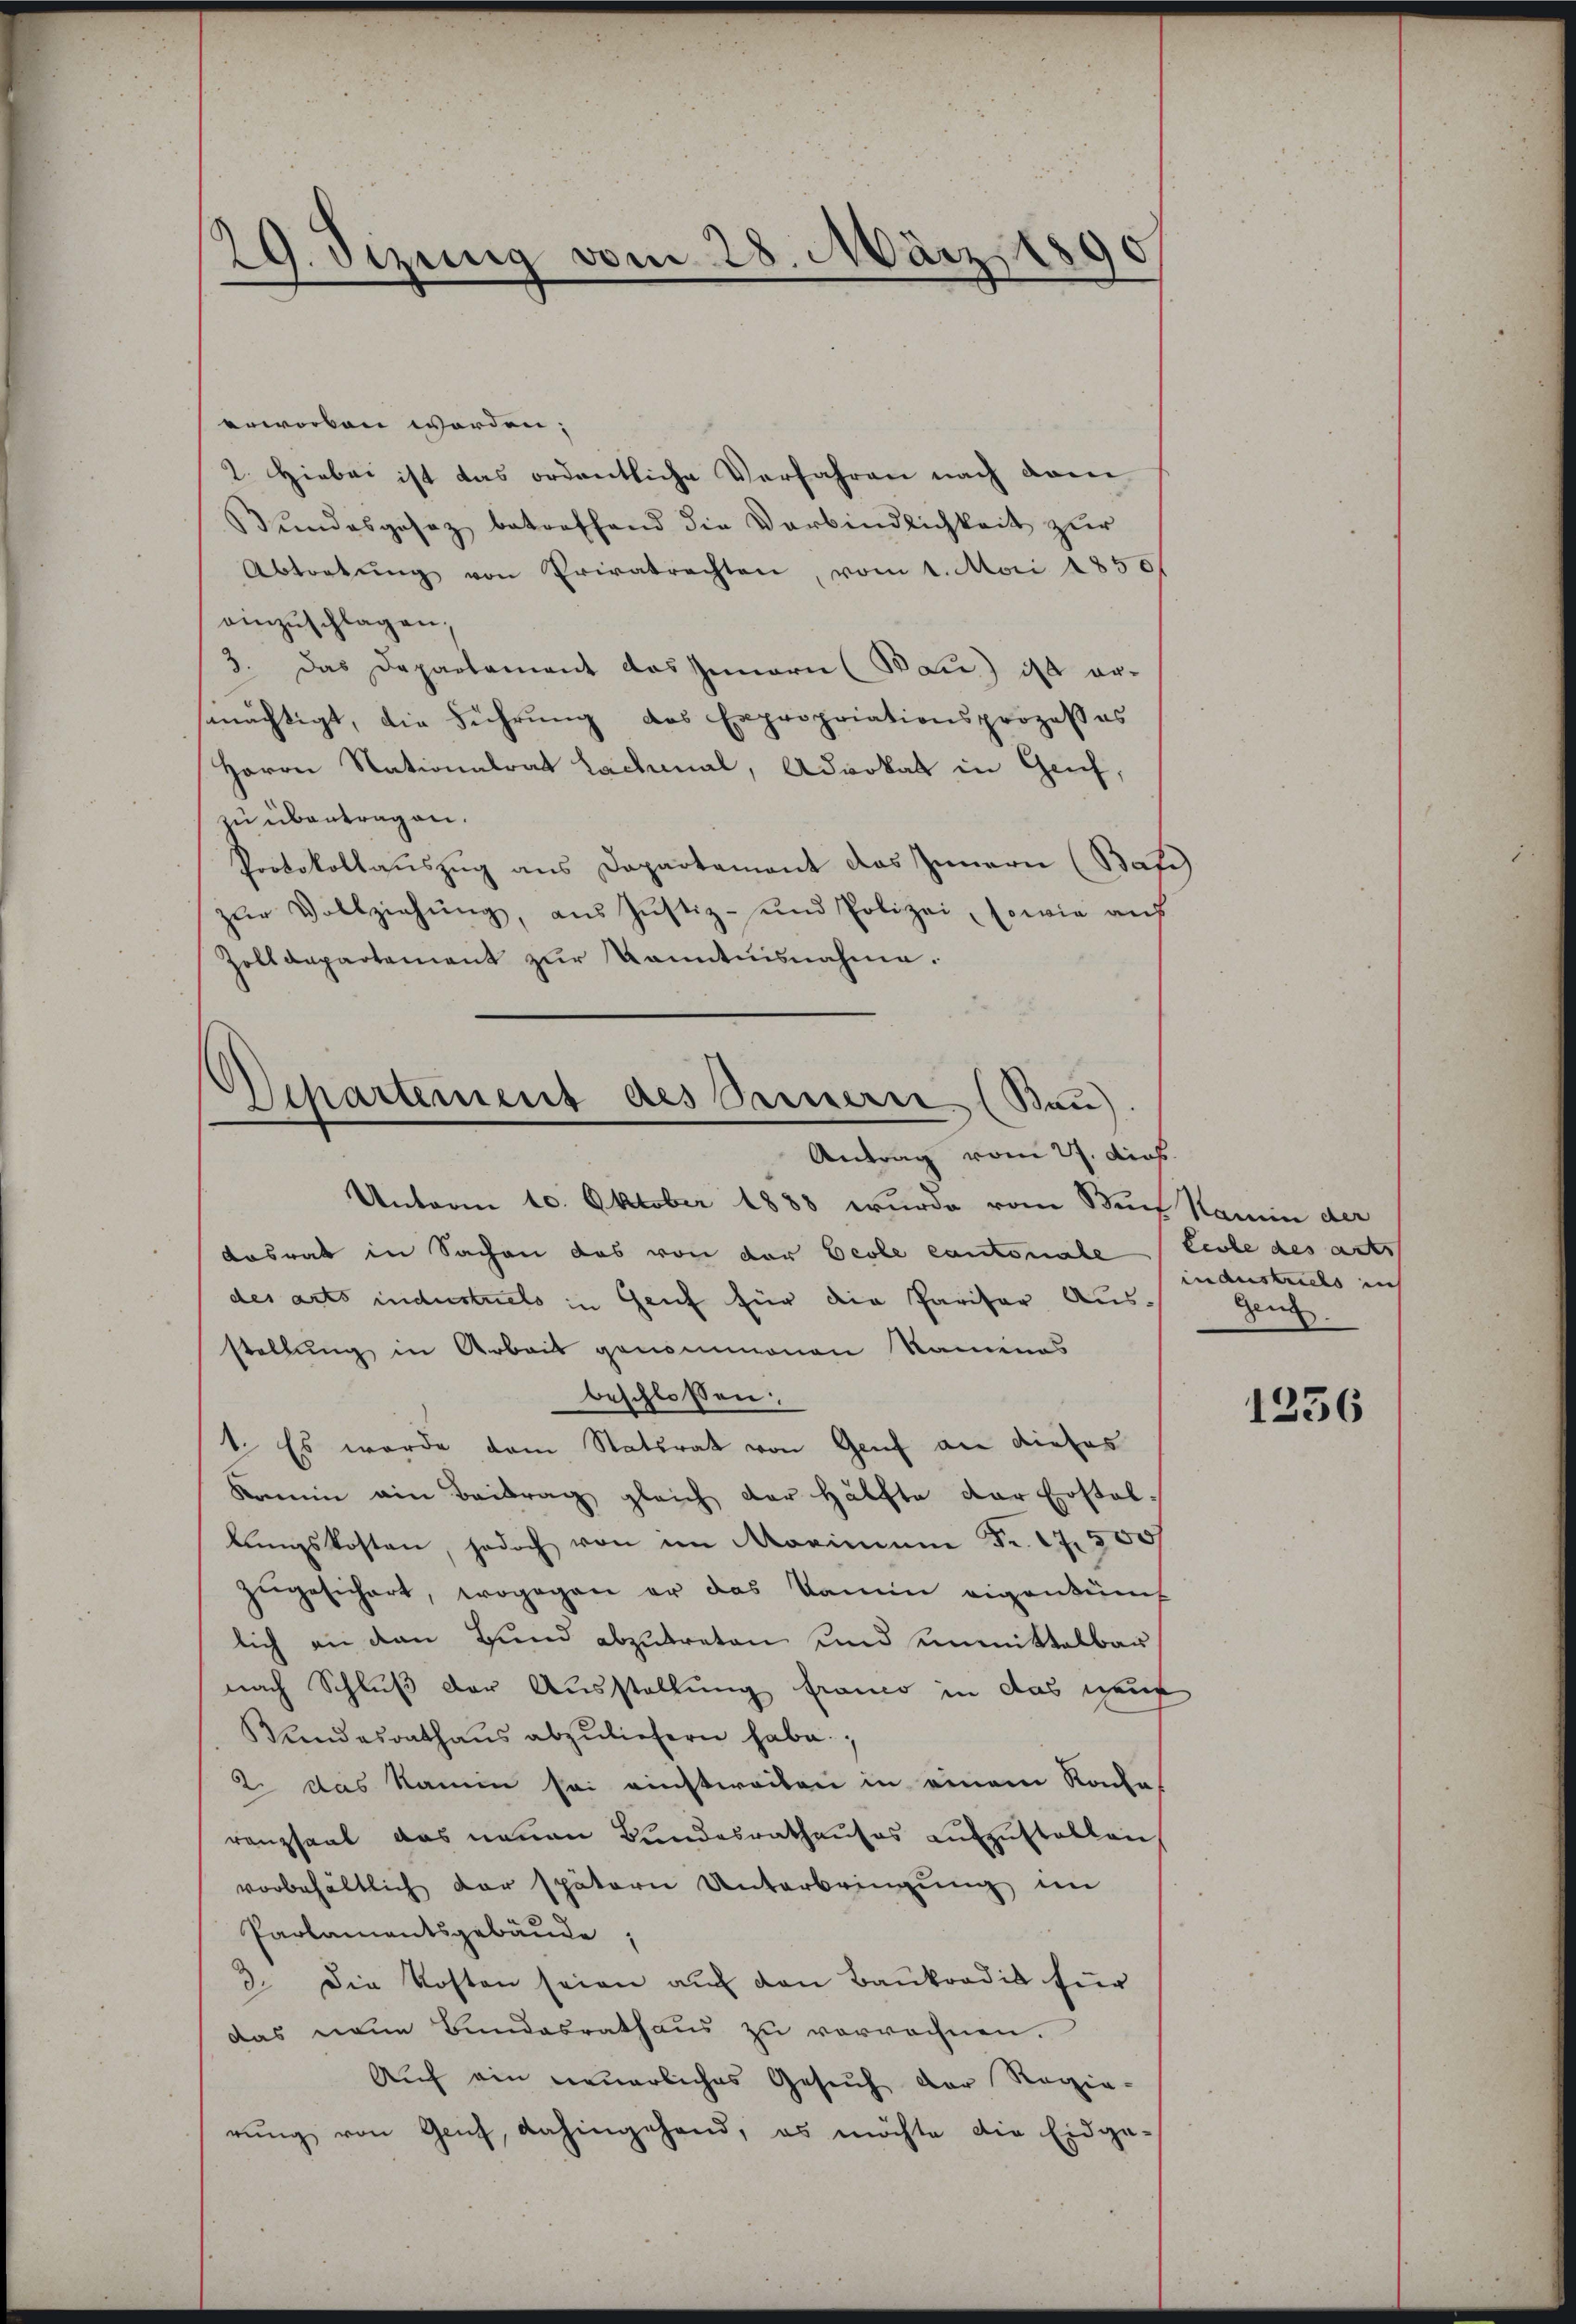
29. Sizung vom 28. März 180

erworben worden;
2. Hiebei ist das ordentliche Verfahren nach dem
Bundesgesez betreffend die Verbindlichkeit zur
Abtretŭng von Privatrechten, vom 1. Mai 1856
einzuschlagen,
3. Das Departament das Innern (Bau) ist ermnächtigt, die Führŭng des Expropriationsprozeßes
Herrn Nationalrat Lachmal, Advokat in Geif,
zu übertragen.
Protokollauszug aus Dapartement das Innern (Bati
zŭr Vollziehŭng, aŭs Jŭstiz- und Polizei, sowie aŭf
Zollanpartement zur Kanntnisnahme.
Unterm 10. Oktober 1888 wurde vom Buch Namen der
Losrat in Sachen das von der Ecole Cantonale
des arts indestuels in Genf für die Paritor Aus-
stellung in Arbeit genommenen Kaminos
beschlossen:
1. Es wurde dem Statsrat von Genf an dieses
Kamin ain Beitrag gleich der Hälfte der Erstelbŭngskosten, jedoch von im Morimum Fr. 17. 500f
zŭgesichert, wogegen er das Kamin eigentüm
lich an den Hund abzutreten und einmittelbar
nach Schluß der Ausstellung franco in das neuf
Bundesrathaŭs abzuliefern habe.
2. das Namen sei einstweilen in einem Rache
renzsaal das neuen Bundesrathauses aufzustellen
vorbehältlich der spätern Unterbringung im
Parlamentsgebäude,
3. Die Kosten seien auf den Baukoodik für
das neue Bundesrathaus zu verrochnen.
Auf ein neuerliches Gesuch der Regie-
rŭng von Gauf, dahingehend, es möchte die Eidge-

Departement des Sammern (Bau).
Antrag vom 27. Dieb

Leobe des act
industriels in
gen

1256